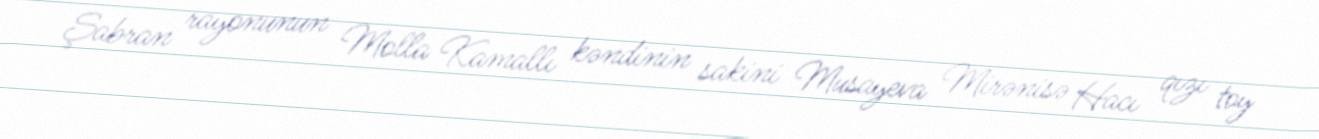
Şabran rayonunun Molla Kamallı kəndinin sakini Musayeva Mirənisə Hacı qızı toy